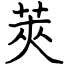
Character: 莢